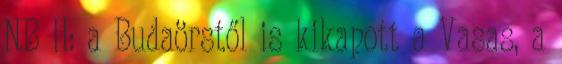
NB II: a Budaörstől is kikapott a Vasas, a